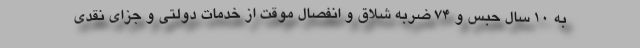
به ۱۰ سال حبس و ۷۴ ضربه شلاق و انفصال موقت از خدمات دولتی و جزای نقدی